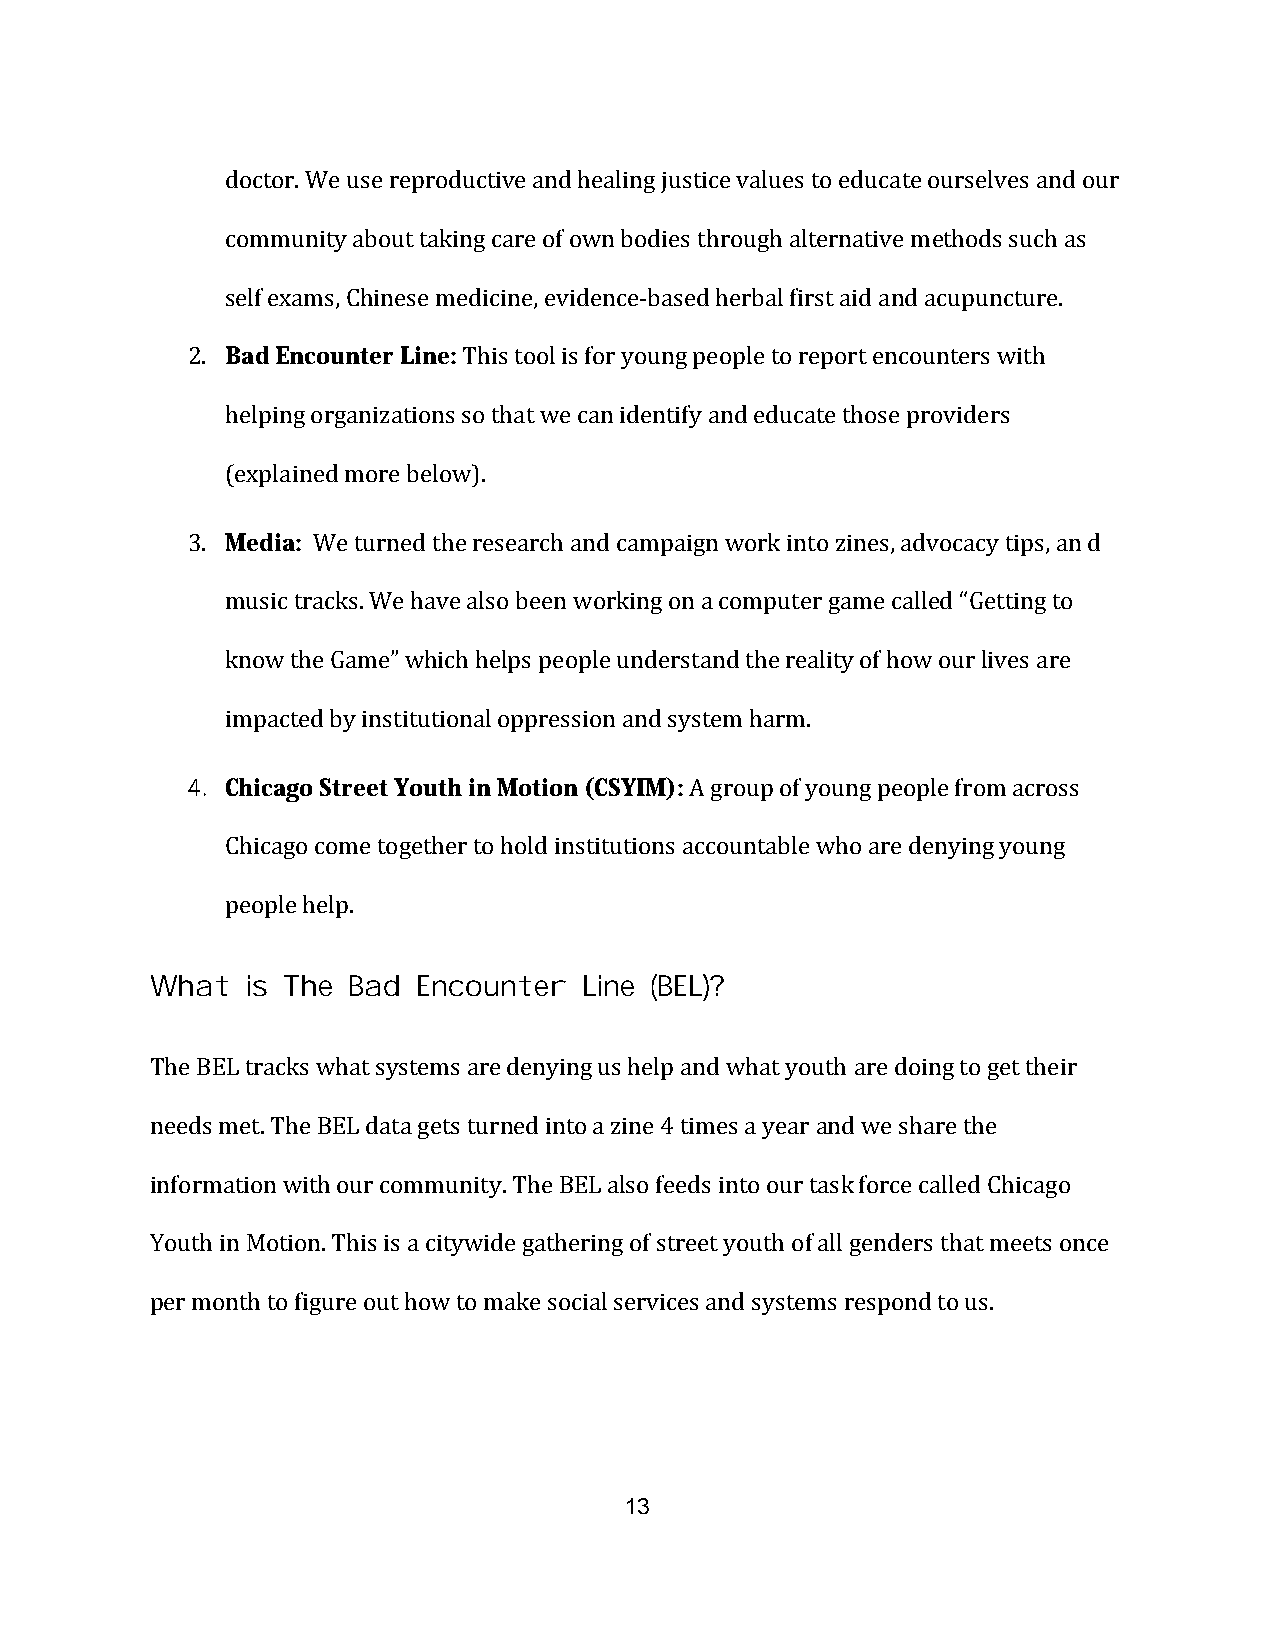
doctor. We use reproductive and healing justice values to educate ourselves and our
 community about taking care of own bodies through alternative methods such as
 self exams, Chinese medicine, evidence-based herbal first aid and acupuncture.
 2. Bad Encounter Line: This tool is for young people to report encounters with
 helping organizations so that we can identify and educate those providers
 (explained more below).
 3. Media: We turned the research and campaign work into zines, advocacy tips, an d
 music tracks. We have also been working on a computer game called “Getting to
 know the Game” which helps people understand the reality of how our lives are
 impacted by institutional oppression and system harm.
 4. Chicago Street Youth in Motion (CSYIM): A group of young people from across
 Chicago come together to hold institutions accountable who are denying young
 people help.
 What  is The Bad  Encounter  Line (BEL)?
 The BEL tracks what systems are denying us help and what youth are doing to get their
 needs met. The BEL data gets turned into a zine 4 times a year and we share the
 information with our community. The BEL also feeds into our task force called Chicago
 Youth in Motion. This is a citywide gathering of street youth of all genders that meets once
 per month to figure out how to make social services and systems respond to us.
 13